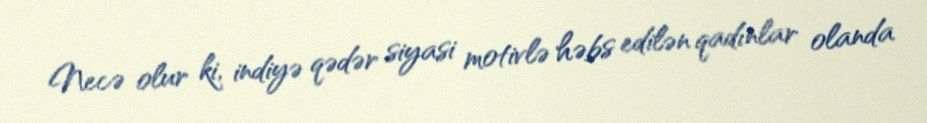
Necə olur ki, indiyə qədər siyasi motivlə həbs edilən qadınlar olanda